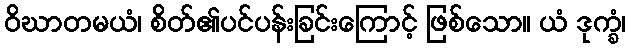
ဝိဃာတမယံ၊ စိတ်၏ပင်ပန်းခြင်းကြောင့် ဖြစ်သော။ ယံ ဒုက္ခံ၊